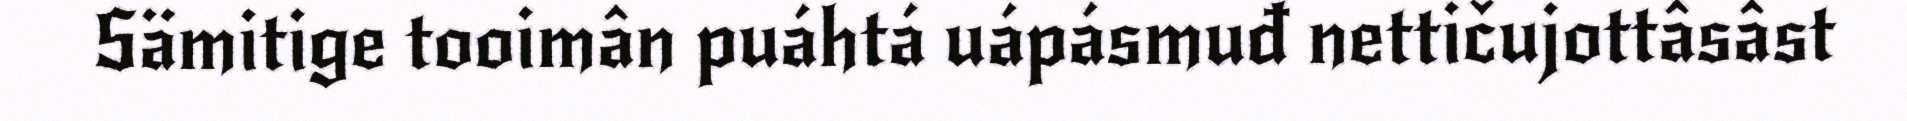
Sämitige tooimân puáhtá uápásmuđ nettičujottâsâst